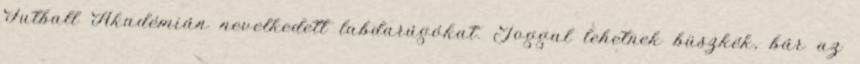
Futball Akadémián nevelkedett labdarúgókat. Joggal lehetnek büszkék, bár az